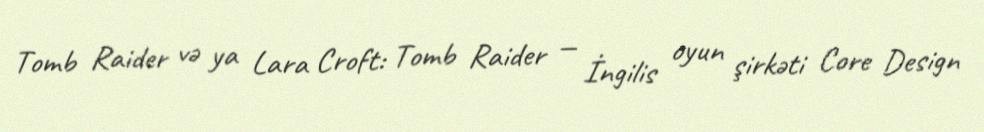
Tomb Raider və ya Lara Croft: Tomb Raider — İngilis oyun şirkəti Core Design